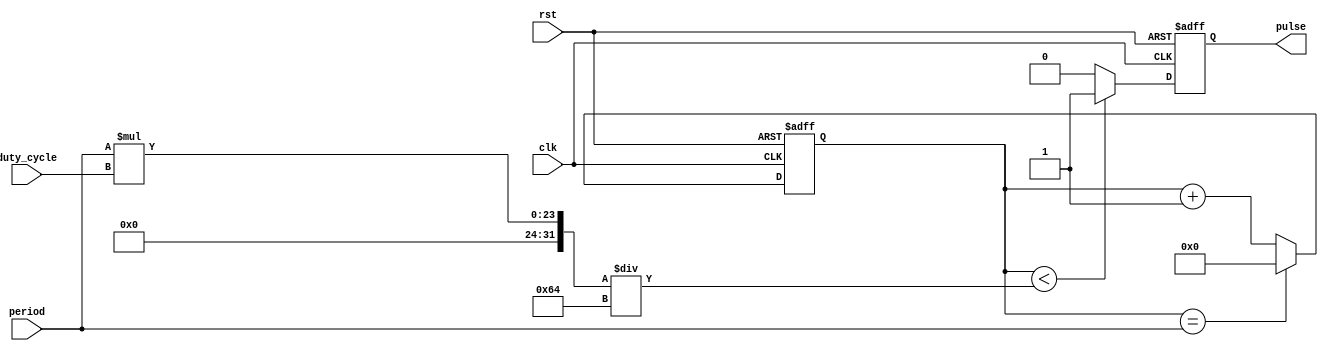
module DutyCyclePulseGenerator (
    input wire clk,         // Clock signal
    input wire rst,         // Reset signal
    input wire [15:0] period,  // Period of the pulse signal
    input wire [7:0] duty_cycle,  // Duty cycle of the pulse signal
    output reg pulse  // Output pulse signal
);

reg [15:0] count;  // Internal counter for pulse generation

always @(posedge clk or posedge rst) begin
    if (rst) begin
        count <= 16'b0;  // Reset counter
        pulse <= 1'b0;  // Reset pulse signal
    end else begin
        if (count == period) begin
            count <= 16'b0;  // Reset counter
        end else begin
            count <= count + 1;  // Increment counter
        end
        
        if (count < (period * duty_cycle / 100)) begin
            pulse <= 1'b1;  // Set pulse high
        end else begin
            pulse <= 1'b0;  // Set pulse low
        end
    end
end

endmodule